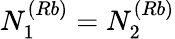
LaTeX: N_{1}^{(Rb)}=N_{2}^{(Rb)}